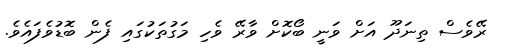
ރޭވެސް ތިނަދޫ އަށް ވަނީ ބޯކޮށް ވާރޭ ވެހި މަގުތަކުގައި ފެން ބޮޑުވެފައެވެ.